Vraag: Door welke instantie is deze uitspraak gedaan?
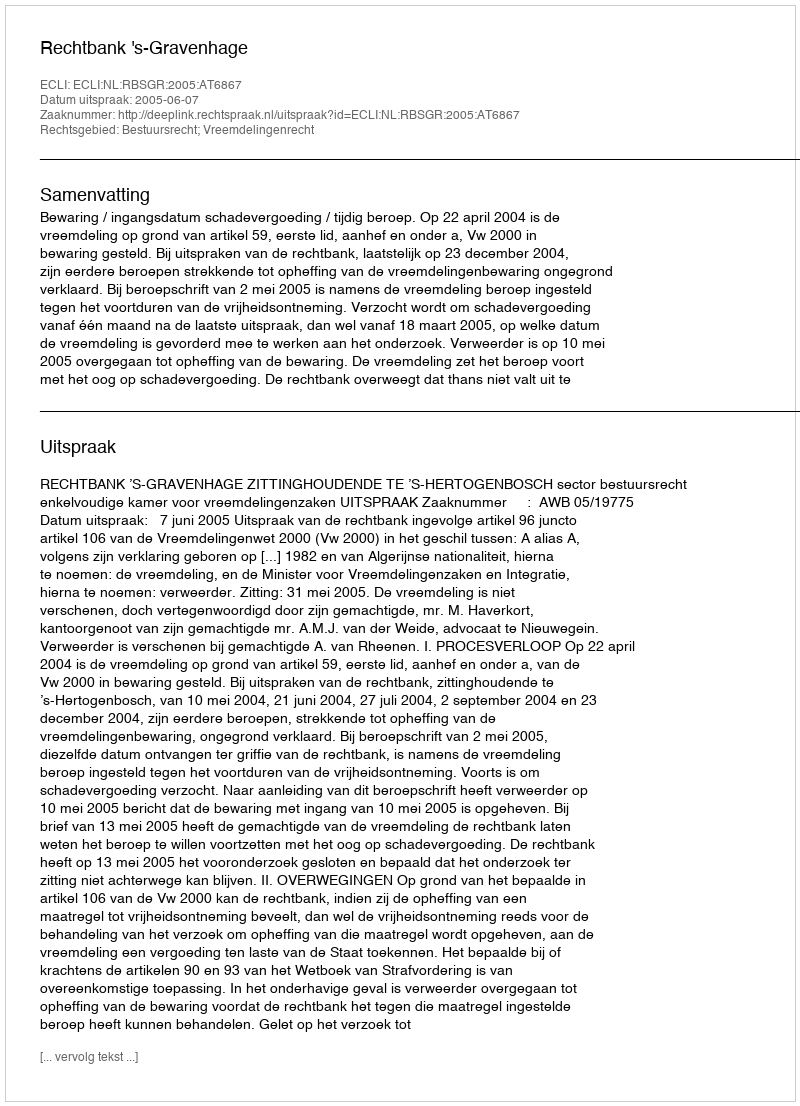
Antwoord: Rechtbank 's-Gravenhage